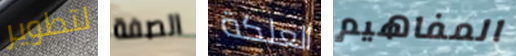
لتطوير الصفة العلكة المفاهيم